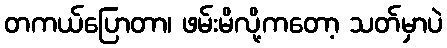
တကယ်ပြောတာ၊ ဖမ်းမိလို့ကတော့ သတ်မှာပဲ